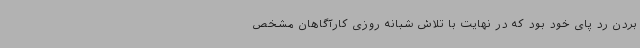
بردن رد پای خود بود که در نهایت با تلاش شبانه روزی کارآگاهان مشخص